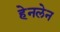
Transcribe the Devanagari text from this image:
हेनलेन